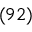
( 9 2 )